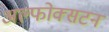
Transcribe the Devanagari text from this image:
अल्फोक्सटन